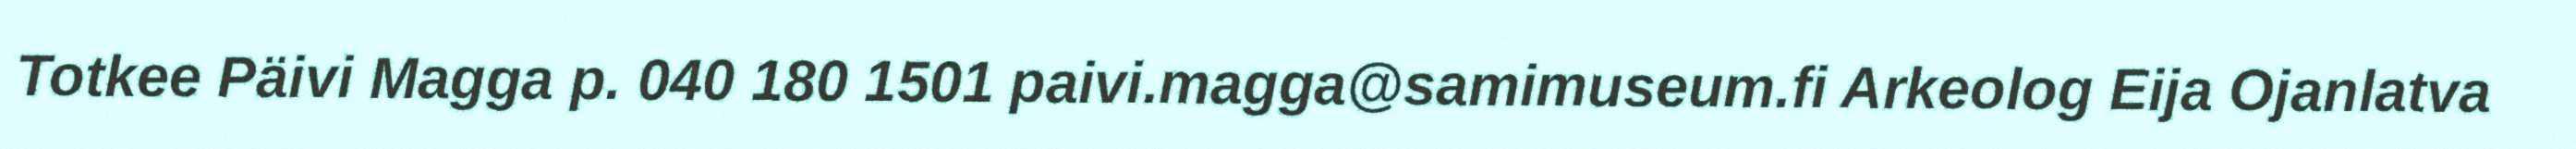
Totkee Päivi Magga p. 040 180 1501 paivi.magga@samimuseum.fi Arkeolog Eija Ojanlatva